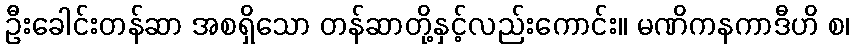
ဦးခေါင်းတန်ဆာ အစရှိသော တန်ဆာတို့နှင့်လည်းကောင်း။ မဏိကနကာဒီဟိ စ၊